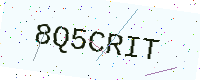
Text: 8Q5CRIT